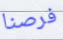
فرصنا